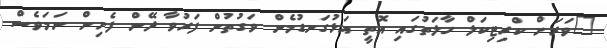
"ވަރަށް ކްރިޓިކަލް ހާލަތުގައި އޮތީ އަޅުގަނޑުމެން ވަގުތުން ފަރުވާ ދޭން ފެށިން ނަމަވެސް